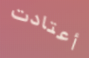
أعتادت